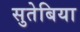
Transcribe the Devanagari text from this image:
सुतेबिया